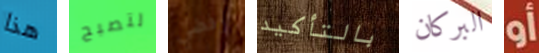
هذا لتصبح رفضي بالتأكيد البركان أو